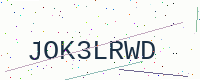
Text: JOK3LRWD